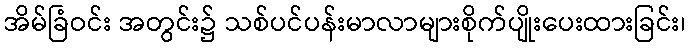
အိမ်ခြံဝင်း အတွင်း၌ သစ်ပင်ပန်းမာလာများစိုက်ပျိုးပေးထားခြင်း၊